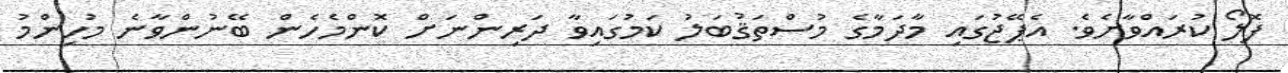
ފޮލޯ ކުރައްވާށެވެ. އެޕޭޖުގައި މާދަމާގެ މުސްތަޤުބަލު ކަމުގައިވާ ދަރިންނަށް ކޮންމެހެން ބޭނުންވާނެ މުހިންމު